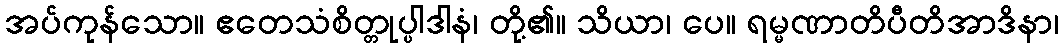
အပ်ကုန်သော။ ဧတေသံစိတ္တုပ္ပါဒါနံ၊ တို့၏။ သိယာ၊ ပေ။ ရမ္မဏာတိပီတိအာဒိနာ၊